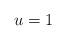
LaTeX: \begin{align*}u=1\end{align*}